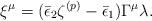
LaTeX: \begin{align*}\xi^\mu = (\bar\epsilon_2 \zeta^{(p)} - \bar\epsilon_1) \Gamma^\mu \lambda.\end{align*}